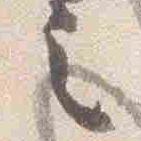
之